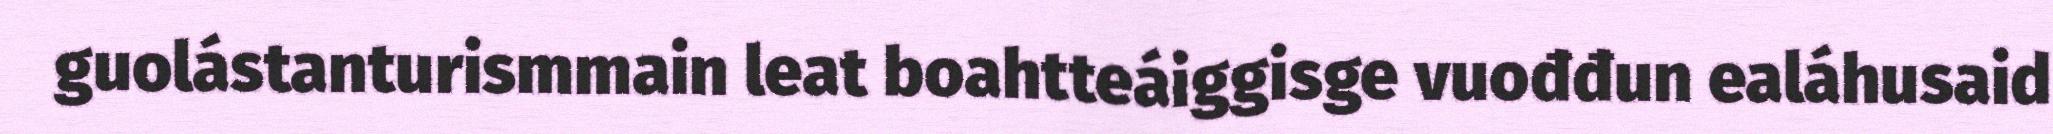
guolástanturismmain leat boahtteáiggisge vuođđun ealáhusaid